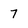
Character: 7